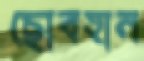
ছোবহান